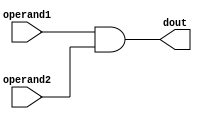
// Overflow(V) and Carry(C) flags are not needed for bitwise-AND
// Zero(Z)and Negative (N) might need for bitwise-AND
module alu_and(
  input [15:0] operand1,
  input [15:0] operand2,
  output [15:0] dout);

  assign dout = operand1 & operand2;

endmodule